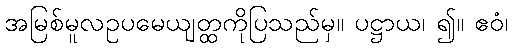
အမြစ်မူလဥပမေယျတ္ထကိုပြသည်မှ။ ပဋ္ဌာယ၊ ၍။ ဧဝံ၊